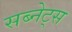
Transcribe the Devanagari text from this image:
सब्नेट्स